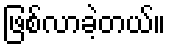
ဖြစ်လာခဲ့တယ်။